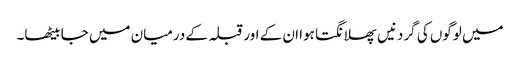
میں لوگوں کی گردنیں پھلانگتا ہوا ان کے اور قبلہ کے درمیان میں جا بیٹھا۔